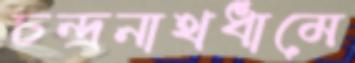
চন্দ্রনাথধামে